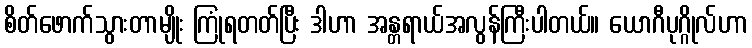
စိတ်ဖောက်သွားတာမျိုး ကြုံရတတ်ပြီး ဒါဟာ အန္တရာယ်အလွန်ကြီးပါတယ်။ ယောဂီပုဂ္ဂိုလ်ဟာ